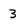
Character: 3